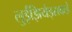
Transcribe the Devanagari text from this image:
लुईझियेड्सकडे